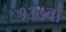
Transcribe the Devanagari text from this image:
१३७वां